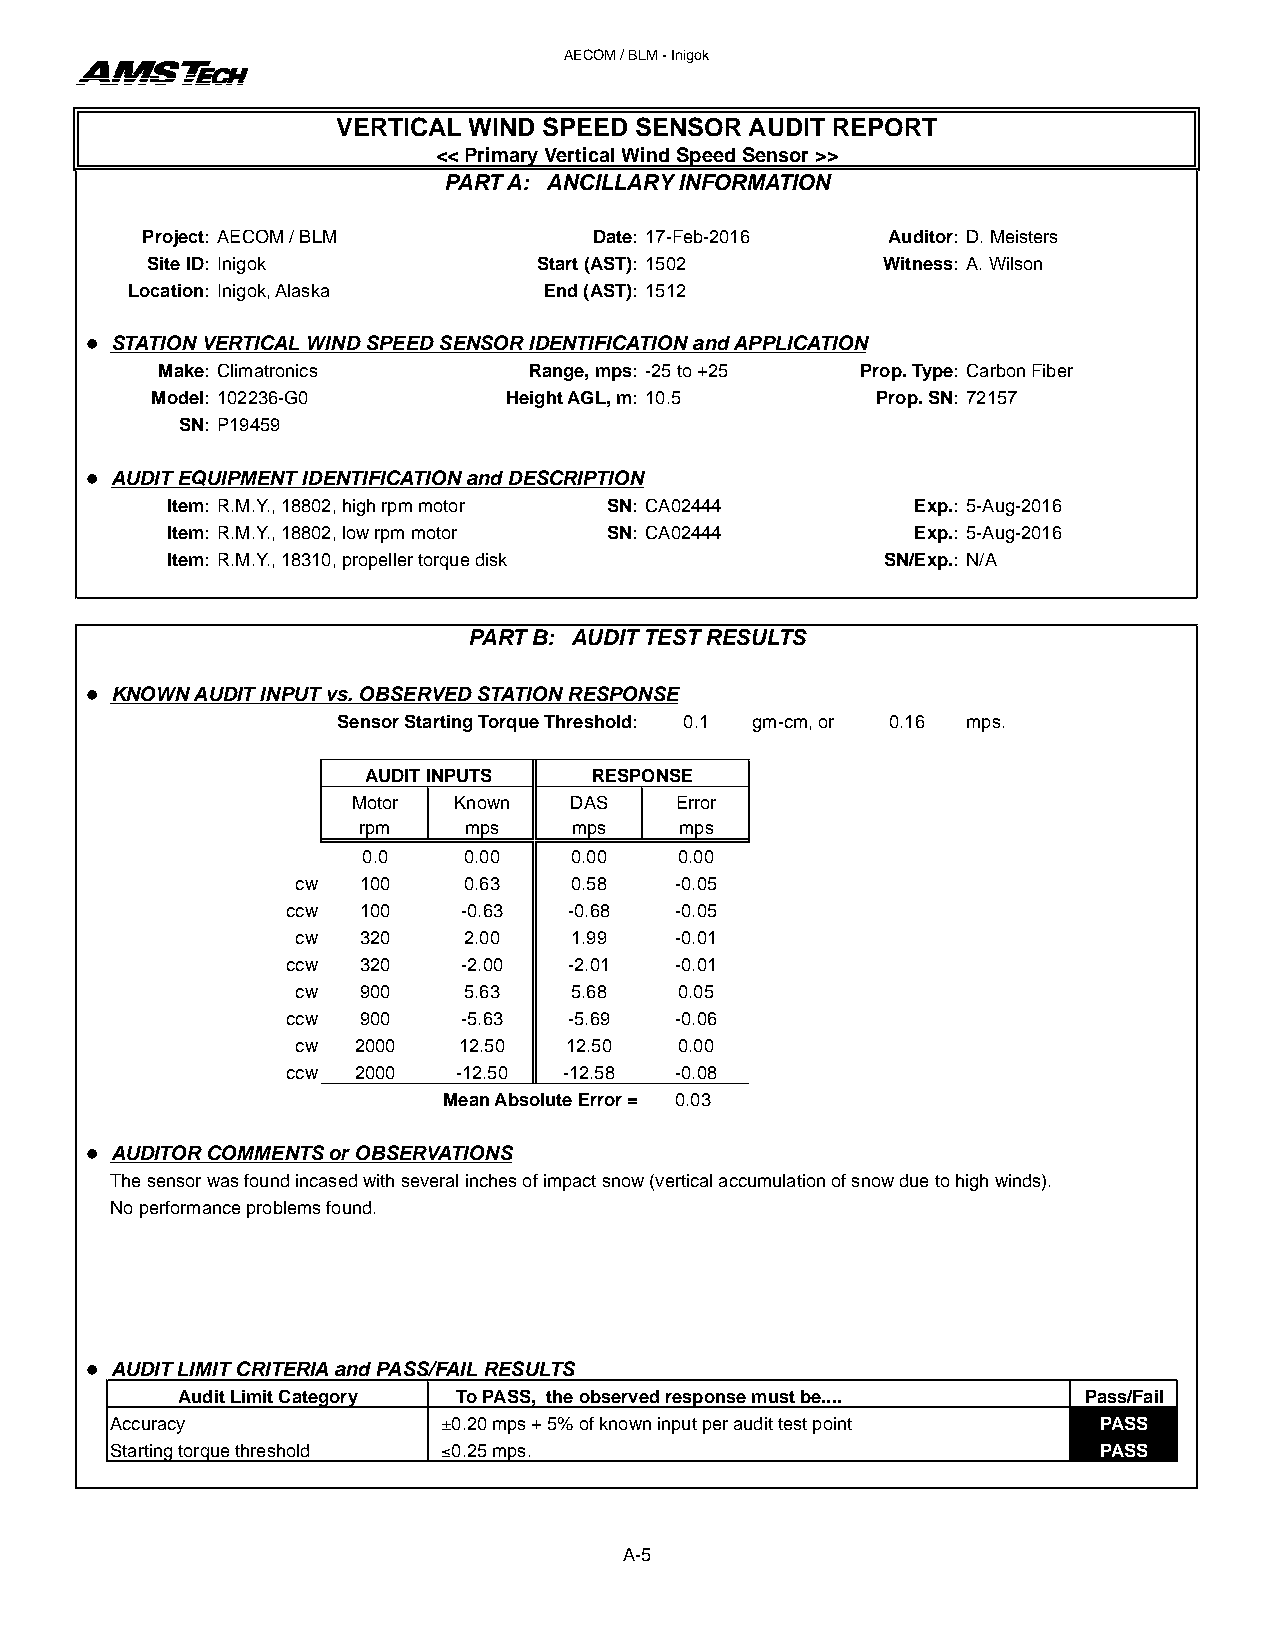
AECOM / BLM - Inigok
 VERTICAL WIND SPEED SENSOR  AUDIT REPORT
 << Primary Vertical Wind Speed Sensor >>
 PART A: ANCILLARY INFORMATION
 Project: AECOM / BLM          Date: 17-Feb-2016   Auditor: D. Meisters
 Site ID: Inigok           Start (AST): 1502     Witness: A. Wilson
 Location: Inigok, Alaska    End (AST): 1512
 l STATION VERTICAL WIND SPEED SENSOR IDENTIFICATION and APPLICATION
 Make: Climatronics       Range, mps: -25 to +25 Prop. Type: Carbon Fiber
 Model: 102236-G0        Height AGL, m: 10.5     Prop. SN: 72157
 SN: P19459
 l AUDIT EQUIPMENT IDENTIFICATION and DESCRIPTION
 Item: R.M.Y., 18802, high rpm motor SN: CA02444   Exp.: 5-Aug-2016
 Item: R.M.Y., 18802, low rpm motor SN: CA02444    Exp.: 5-Aug-2016
 Item: R.M.Y., 18310, propeller torque disk      SN/Exp.: N/A
 PART B: AUDIT TEST RESULTS
 l KNOWN AUDIT INPUT vs. OBSERVED STATION RESPONSE
 Sensor Starting Torque Threshold: 0.1 gm-cm, or 0.16 mps.
 AUDIT INPUTS   RESPONSE
 Motor  Known   DAS    Error
 rpm    mps    mps    mps
 0.0    0.00   0.00   0.00
 cw  100    0.63   0.58   -0.05
 ccw  100    -0.63  -0.68  -0.05
 cw  320    2.00   1.99   -0.01
 ccw  320    -2.00  -2.01  -0.01
 cw  900    5.63   5.68   0.05
 ccw  900    -5.63  -5.69  -0.06
 cw 2000   12.50  12.50   0.00
 ccw 2000   -12.50 -12.58  -0.08
 Mean Absolute Error = 0.03
 l AUDITOR COMMENTS or OBSERVATIONS
 The sensor was found incased with several inches of impact snow (vertical accumulation of snow due to high winds).
 No performance problems found.
 l AUDIT LIMIT CRITERIA and PASS/FAIL RESULTS
 Audit Limit Category To PASS, the observed response must be.... Pass/Fail
 Accuracy              ±0.20 mps + 5% of known input per audit test point PASS
 Starting torque threshold ≤0.25 mps.                              PASS
 A-5